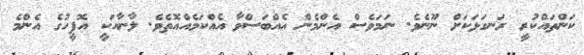
ކަންތައްކުރީ ރަނގަޅަކަށް ނޫނެވެ. ނަމަވެސް އެންމެން އެއްބަސްވާ އެއްކަމެއްއޮތެވެ. ލާނާއަކީ އޮފީހުގެ އެންމެ